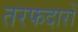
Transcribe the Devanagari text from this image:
तरफदारों